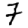
Digit: 7